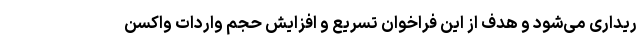
ریداری می‌شود و هدف از این فراخوان تسریع و افزایش حجم واردات واکسن